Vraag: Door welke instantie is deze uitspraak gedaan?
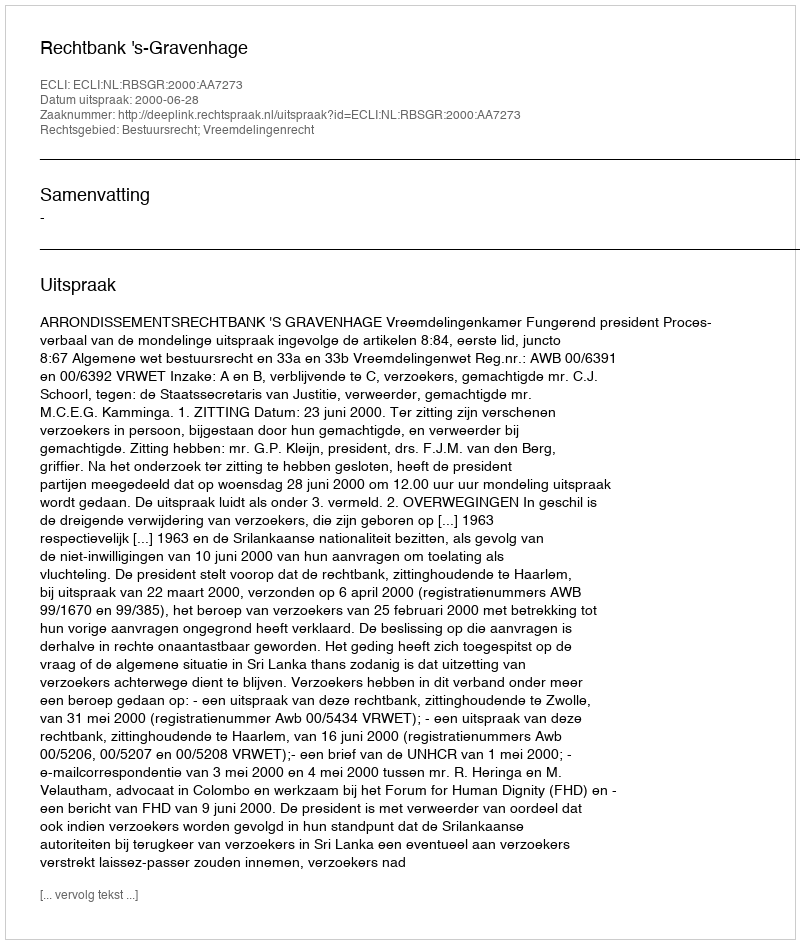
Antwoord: Rechtbank 's-Gravenhage